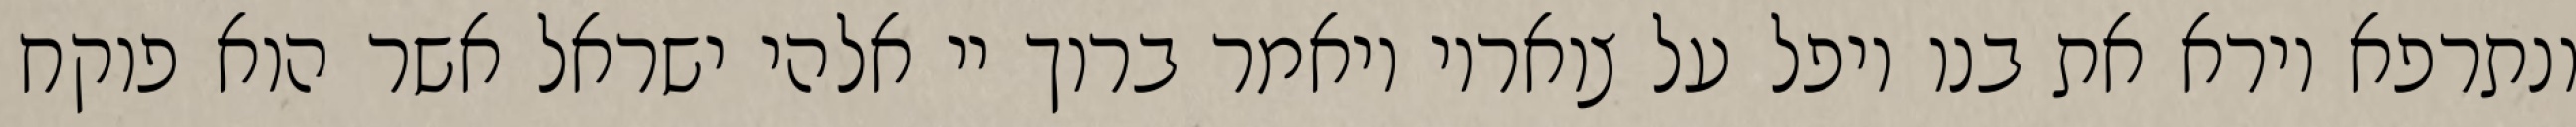
ונתרפא וירא את בנו ויפל על צואריו ויאמר ברוך יי אלהי ישראל אשר הוא פוקח